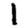
Digit: 1